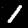
Digit: 1